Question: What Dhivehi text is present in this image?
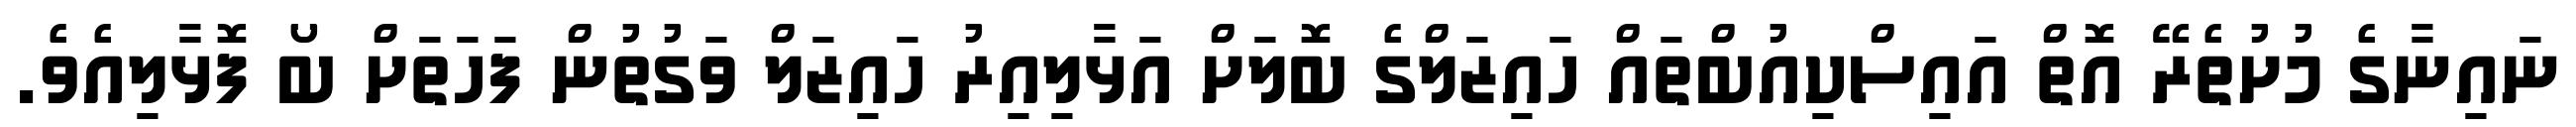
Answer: ނައިނާގެ މުށުތެރޭ އޮތް އައިސްކިއުބްތައް ހައިޒަލްގެ ބޮލަށް އަޅާލިއިރު ހައިޒަލް ވަގުތުން ފަހަތަށް ބޯ ފޮޅާލިއެވެ.